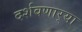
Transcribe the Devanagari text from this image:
दर्शवणार्‍या